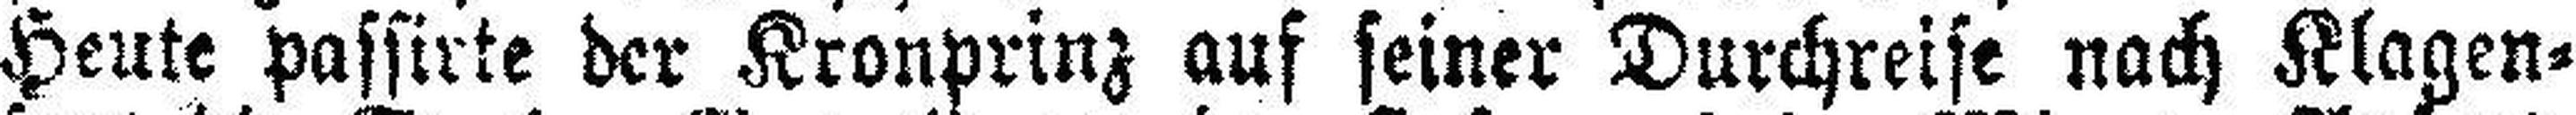
Heute passirte der Kronprinz auf seiner Durchreise nach Klagen¬